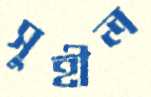
সুহীল